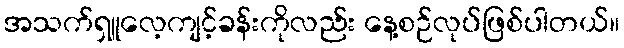
အသက်ရှူလေ့ကျင့်ခန်းကိုလည်း နေ့စဉ်လုပ်ဖြစ်ပါတယ်။